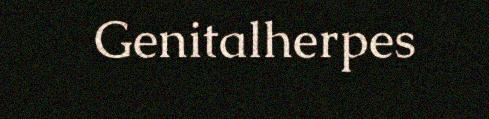
Genitalherpes